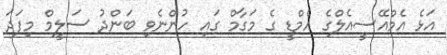
އަޅެ އެމްއޭސީއެލްގެ އެމްޑީ ގެ މަގާމް ގައި ހުންނެވި ބަންދު ސަލީމް މިފަދަ